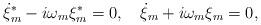
LaTeX: \begin{align*}\dot\xi^{\ast}_m-i\omega_m\xi^{\ast}_m=0,\quad \dot\xi_m+i\omega_m\xi_m=0,\end{align*}